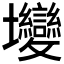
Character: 𡔖